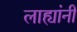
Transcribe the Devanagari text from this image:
लाह्यांनी